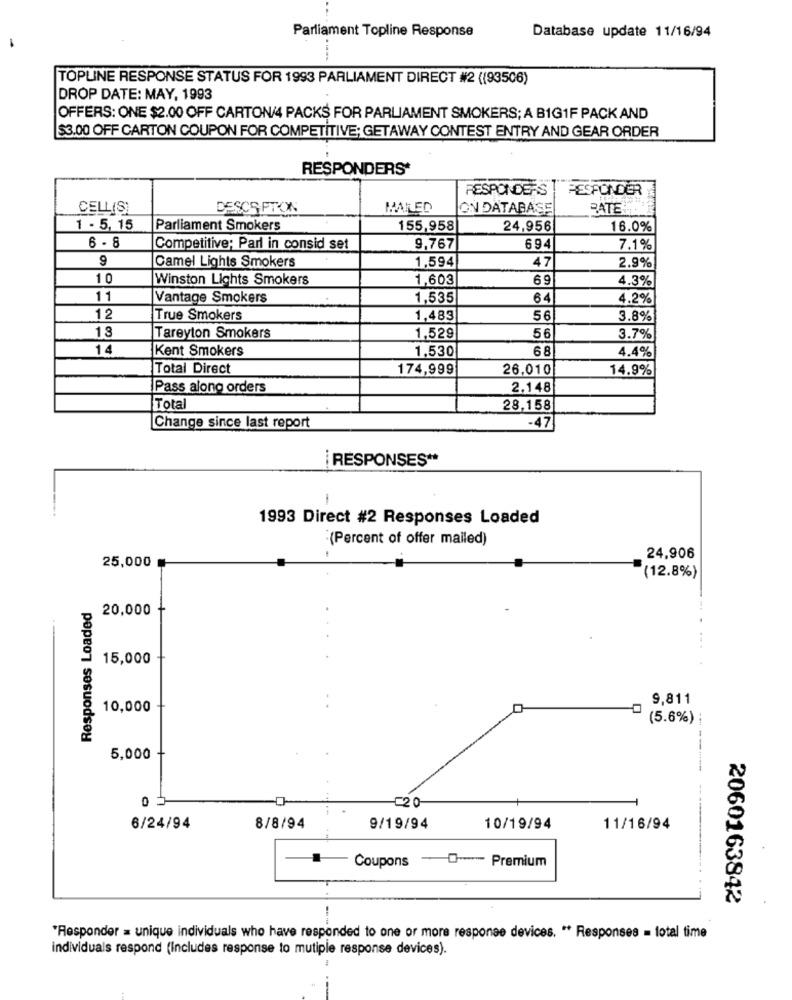
Parliament Topline Response
Database update 11/16/94
TOPLINE RESPONSE STATUS FOR 1993 PARLIAMENT DIRECT #2 ((93506)
DROP DATE: MAY, 1993
OFFERS: ONE $2.00 OFF CARTON/4 PACKS FOR PARLIAMENT SMOKERS; A BIG1F PACK AND
$3.00 OFF CARTON COUPON FOR COMPETITIVE; GETAWAY CONTEST ENTRY AND GEAR ORDER
RESPONDERS*
RESPONDERS
RESPONDER
CELL(S)
DESCSFTON
MAILED
ON DATABASE
RATE
1 - 5, 15
Parliament Smokers
155,958
24,956
16.0%
6 - 8
Competitive; Parl in consid set
9,767
694
7.1%
9
Camel Lights Smokers
1,594
47
2.9%
10
Winston Lights Smokers
1,603
69
4.3%
11
Vantage Smokers
1,535
64
4.2%
12
True Smokers
1,483
56
3.8%
13
Tareyton Smokers
1,529
56
3.7%
14
Kent Smokers
1,530
68
4.4%
Total Direct
174,999
26,010
14.9%
Pass along orders
2,148
Total
28,158
Change since last report
-47
[ RESPONSES **
1993 Direct #2 Responses Loaded
"(Percent of offer mailed)
24,906
25,000
(12.8%)
Responses Loaded
20,000
..
15,000
9,811
10,000
(5.6%) ;
5,000
=20
6/24/94
8/8/94
9/19/94
10/19/94
11/16/94
Coupons -0- Premium
2060163842
---
*Responder = unique individuals who have responded to one or more response devices. ** Responses = total time
individuals respond (Includes response to mutiple response devices).